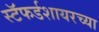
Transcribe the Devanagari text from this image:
स्टॅफर्डशायरच्या